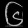
Digit: ၆